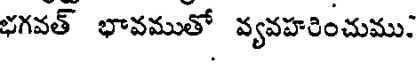
భగవత్ భావముతో వ్యవహరించుము.